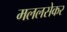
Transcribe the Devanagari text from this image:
मललसेकर